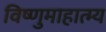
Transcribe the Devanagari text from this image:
विष्णुमाहात्म्य